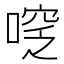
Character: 𠷖